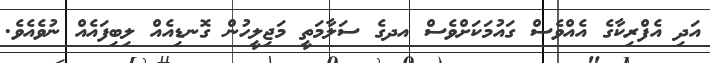
އަދި އެފްރިކާގެ އެއްވެސް ގައުމަކަށްވެސް އދގެ ސަލާމަތީ މަޖިލީހުން ގޮނޑިއެއް ލިބިފައެއް ނުވެއެވެ.